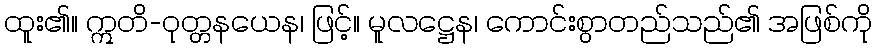
ထူး၏။ ဣတိ-ဝုတ္တနယေန၊ ဖြင့်။ မူလဋ္ဌေန၊ ကောင်းစွာတည်သည်၏ အဖြစ်ကို